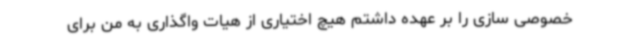
خصوصی سازی را بر عهده داشتم هیچ اختیاری از هیات واگذاری به من برای